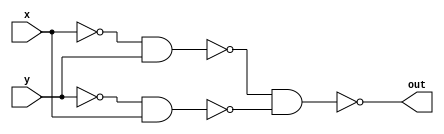
module MyXor(x, y, out);
	input x, y;
	output out;
	wire nx, ny, a, b;
	
	nand nand1(nx, x, x, x);
	nand nand2(ny, y, y, y);
	
	nand nand3(a, nx, nx, y);
	nand nand4(b, ny, ny, x);
	
	nand nand5(out, a, a, b);
	
endmodule